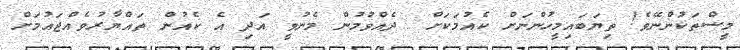
މީސްތަކުންނޭވެ! ތިޔަބައިމީހުންނަށް ކެއުމަކަށް  ދެއްވުމުން މެނުވީ އަދި އެެ ކެއުން ތައްޔާރުވެއްޖައުމަށް